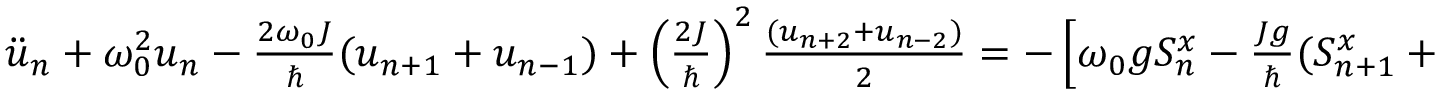
\begin{array} { r } { \ddot { u } _ { n } + \omega _ { 0 } ^ { 2 } u _ { n } - \frac { 2 \omega _ { 0 } J } { \hbar } ( u _ { n + 1 } + u _ { n - 1 } ) + \left( \frac { 2 J } { \hbar } \right) ^ { 2 } \frac { ( u _ { n + 2 } + u _ { n - 2 } ) } { 2 } = - \left[ \omega _ { 0 } g S _ { n } ^ { x } - \frac { J g } { \hbar } ( S _ { n + 1 } ^ { x } + S _ { n - 1 } ^ { x } ) \right] . } \end{array}